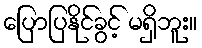
ပြောပြနိုင်ခွင့် မရှိဘူး။